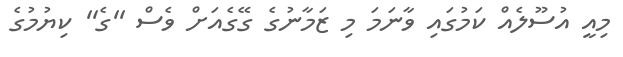
މިއީ އުސޫލެއް ކަމުގައި ވާނަމަ މި ޒަމާނުގެ ގޭގެއަށް ވެސް ''ގެ'' ކިޔުމުގެ